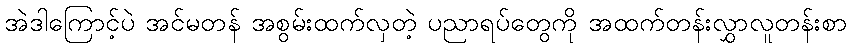
အဲဒါကြောင့်ပဲ အင်မတန် အစွမ်းထက်လှတဲ့ ပညာရပ်တွေကို အထက်တန်းလွှာလူတန်းစာ